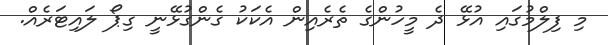
މި ފިލްމުގައި އުޅޭ ދެ މީހުންގެ ތެރެއިން އެކަކު ގެންގުޅޭނީ ގިޕޯ ލައިޓަރެއް.